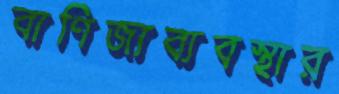
বাণিজ্যব্যবস্থার